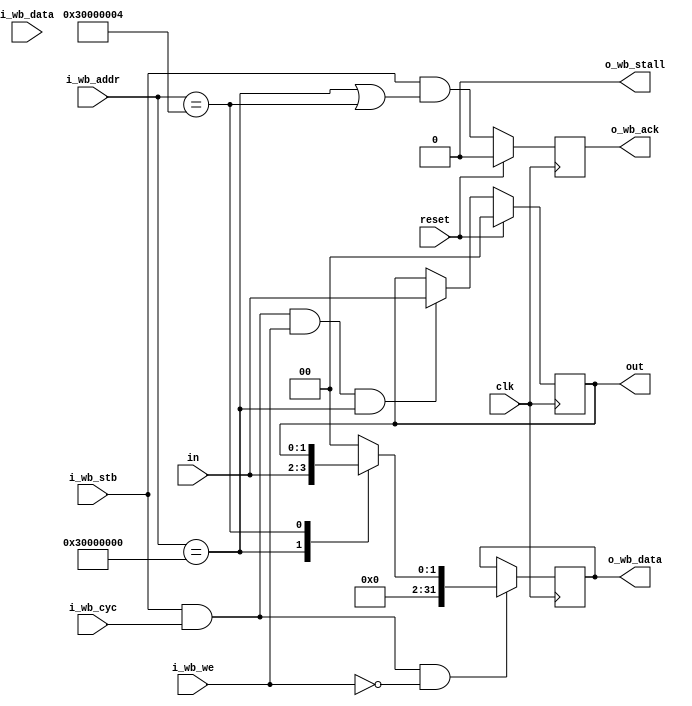
module wb_test #(
    parameter   [31:0]  BASE_ADDRESS    = 32'h3000_0000,        // base address
    parameter   [31:0]  OUT_ADDRESS     = BASE_ADDRESS + 4
    ) (
`ifdef USE_POWER_PINS
    inout vdda1,	// User area 1 3.3V supply
    inout vdda2,	// User area 2 3.3V supply
    inout vssa1,	// User area 1 analog ground
    inout vssa2,	// User area 2 analog ground
    inout vccd1,	// User area 1 1.8V supply
    inout vccd2,	// User area 2 1.8v supply
    inout vssd1,	// User area 1 digital ground
    inout vssd2,	// User area 2 digital ground
`endif
    input wire          clk,
    input wire          reset,

    // wb interface
    input wire          i_wb_cyc,       // wishbone transaction
    input wire          i_wb_stb,       // strobe - data valid and accepted as long as !o_wb_stall
    input wire          i_wb_we,        // write enable
    input wire  [31:0]  i_wb_addr,      // address
    input wire  [31:0]  i_wb_data,      // incoming data
    output reg          o_wb_ack,       // request is completed 
    output wire         o_wb_stall,     // cannot accept req
    output reg  [31:0]  o_wb_data,      // output data

    input wire  [1:0]   in,
    output reg [1:0]   out
);

    assign o_wb_stall = 0;

    initial out = 2'b00;

    // writes
    always @(posedge clk) begin
        if(reset)
            out <= 2'b00;
        else if(i_wb_stb && i_wb_cyc && i_wb_we && !o_wb_stall && i_wb_addr == BASE_ADDRESS) begin
            out <= in;
        end
    end

    // reads
    always @(posedge clk) begin
        if(i_wb_stb && i_wb_cyc && !i_wb_we && !o_wb_stall)
            case(i_wb_addr)
                BASE_ADDRESS: 
                    o_wb_data <= {30'b0, in};
                OUT_ADDRESS: 
                    o_wb_data <= {30'b0, out};
                default:
                    o_wb_data <= 32'b0;
            endcase
    end

    // acks
    always @(posedge clk) begin
        if(reset)
            o_wb_ack <= 0;
        else
            // return ack immediately
            o_wb_ack <= (i_wb_stb && !o_wb_stall && (i_wb_addr == BASE_ADDRESS || i_wb_addr == OUT_ADDRESS));
    end

endmodule